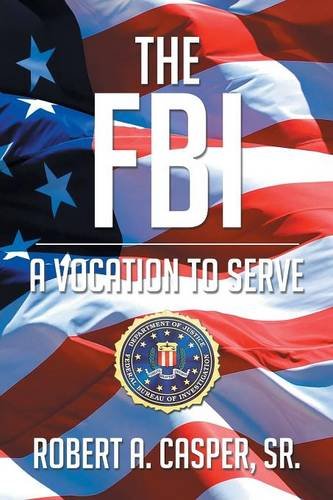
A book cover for The FBI, a Vocation to Serve; Robert A Casper Sr.; Biographies & Memoirs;